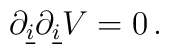
\partial_{\underline{i}}\partial_{\underline{i}}V=0\, .